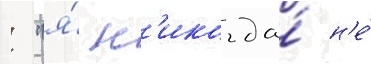
: "я́ н'икогда́ н'е́